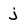
Character: j